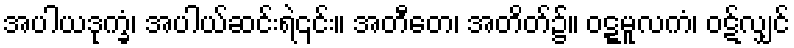
အပါယဒုက္ခံ၊ အပါယ်ဆင်းရဲ၎င်း။ အတီတေ၊ အတိတ်၌။ ဝဋ္ဋမူလကံ၊ ဝဋ်လျှင်